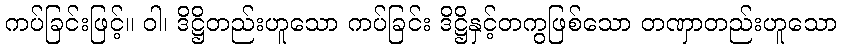
ကပ်ခြင်းဖြင့်။ ဝါ၊ ဒိဋ္ဌိတည်းဟူသော ကပ်ခြင်း ဒိဋ္ဌိနှင့်တကွဖြစ်သော တဏှာတည်းဟူသော